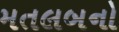
મતલબનો